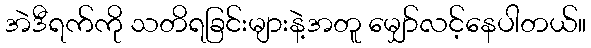
အဲဒီရက်ကို သတိရခြင်းများနဲ့အတူ မျှော်လင့်နေပါတယ်။